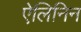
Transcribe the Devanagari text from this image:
ऐलिनिन